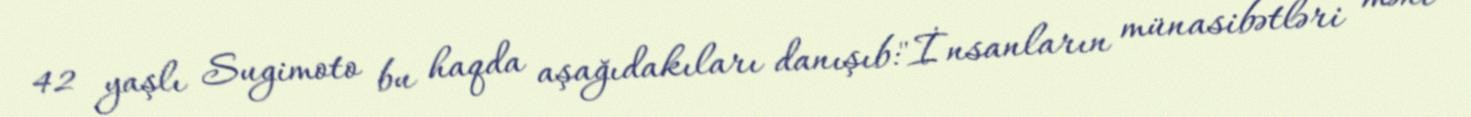
42 yaşlı Sugimoto bu haqda aşağıdakıları danışıb:"İnsanların münasibətləri məni